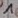
Text: 1